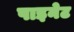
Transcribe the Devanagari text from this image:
पाइनेट